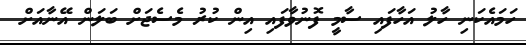
ހަމައެކަނި ހާލު އަހާފައި ސާމީ ފޮނުވާފައި އިން ކުރު މެސެޖަށް ބަލަން އޭނާއަށް